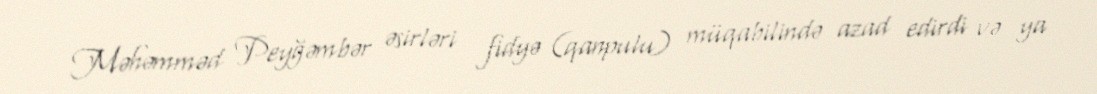
Məhəmməd Peyğəmbər əsirləri fidyə (qanpulu) müqabilində azad edirdi və ya